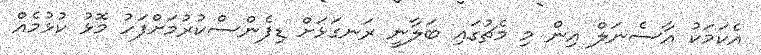
އެކަމަކު އާސެނަލް އިން މި މެޗުގައި ބަލާނީ ރަނގަޅަށް ޑިފެންސްކުރުމަށްފަހު މޮޅު ކުޅުމެއް